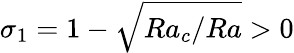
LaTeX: \sigma_{1}=1-\sqrt{Ra_{c}/Ra}>0